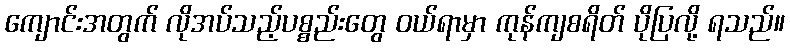
ကျောင်းအတွက် လိုအပ်သည့်ပစ္စည်းတွေ ဝယ်ရာမှာ ကုန်ကျစရိတ် ပိုပြလို့ ရသည်။